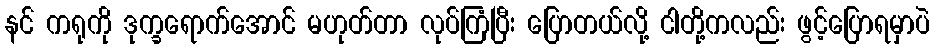
နင် ကရုကို ဒုက္ခရောက်အောင် မဟုတ်တာ လုပ်ကြံပြီး ပြောတယ်လို့ ငါတို့ကလည်း ဖွင့်ပြောရမှာပဲ